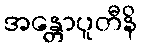
အန္တောပူတီနိ